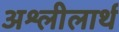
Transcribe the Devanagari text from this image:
अश्लीलार्थ